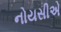
નોયસીએ